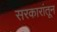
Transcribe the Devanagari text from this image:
सरकारांतून